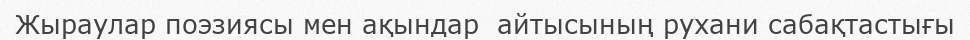
Жыраулар поэзиясы мен ақындар  айтысының рухани сабақтастығы